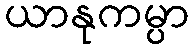
ယာနုကမ္ပာ